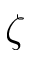
\zeta